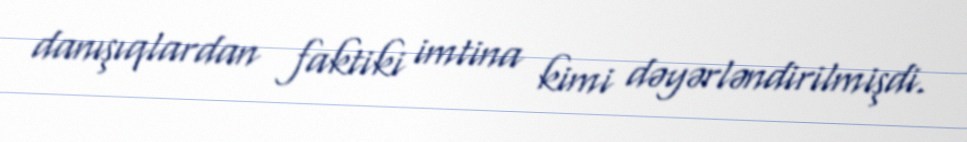
danışıqlardan faktiki imtina kimi dəyərləndirilmişdi.